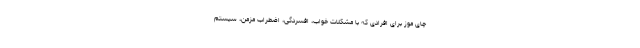
چای موز برای افرادی که با مشکلات خواب، افسردگی، اضطراب مزمن، سیستم